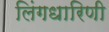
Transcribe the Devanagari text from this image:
लिंगधारिणी